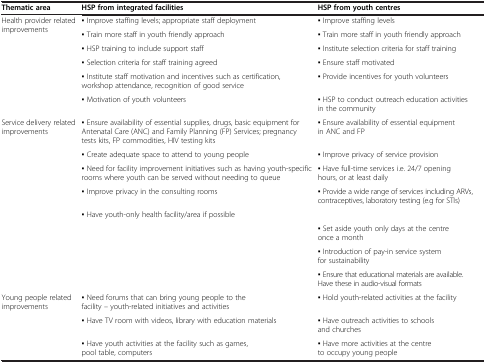
| Thematic area | HSP from integrated facilities | HSP from youth centres |
 | --- | --- | --- |
 | <ROWSPAN=6> Health provider related improvements | ▪ Improve staffing levels; appropriate staff deployment | ▪ Improve staffing levels |
 | ▪ Train more staff in youth friendly approach | ▪ Train more staff in youth friendly approach |
 | ▪ HSP training to include support staff | ▪ Institute selection criteria for staff training |
 | ▪ Selection criteria for staff training agreed | ▪ Ensure staff motivated |
 | ▪ Institute staff motivation and incentives such as certification, workshop attendance, recognition of good service | ▪ Provide incentives for youth volunteers |
 | ▪ Motivation of youth volunteers | ▪ HSP to conduct outreach education activities in the community |
 | <ROWSPAN=8> Service delivery related improvements | ▪ Ensure availability of essential supplies, drugs, basic equipment for Antenatal Care (ANC) and Family Planning (FP) Services; pregnancy tests kits, FP commodities, HIV testing kits | ▪ Ensure availability of essential equipment in ANC and FP |
 | ▪ Create adequate space to attend to young people | ▪ Improve privacy of service provision |
 | ▪ Need for facility improvement initiatives such as having youth-specific rooms where youth can be served without needing to queue | ▪ Have full-time services i.e. 24/7 opening hours, or at least daily |
 | ▪ Improve privacy in the consulting rooms | ▪ Provide a wide range of services including ARVs, contraceptives, laboratory testing (e.g for STIs) |
 | ▪ Have youth-only health facility/area if possible |  |
 | <ROWSPAN=3>  | ▪ Set aside youth only days at the centre once a month |
 | ▪ Introduction of pay-in service system for sustainability |
 | ▪ Ensure that educational materials are available. Have these in audio-visual formats |
 | Young people related improvements | ▪ Need forums that can bring young people to the facility – youth-related initiatives and activities | ▪ Hold youth-related activities at the facility |
 |  | ▪ Have TV room with videos, library with education materials | ▪ Have outreach activities to schools and churches |
 |  | ▪ Have youth activities at the facility such as games, pool table, computers | ▪ Have more activities at the centre to occupy young people |